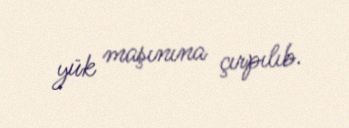
yük maşınına çırpılıb.